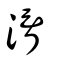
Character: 湑